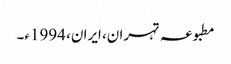
مطبوعہ تہران، ایران، 1994ء۔